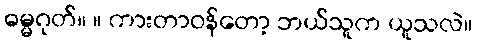
ဓမ္မဂုတ်။ ။ ကားတာဝန်တော့ ဘယ်သူက ယူသလဲ။